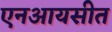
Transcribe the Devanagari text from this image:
एनआयसीत